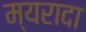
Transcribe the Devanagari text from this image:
म्यरादा